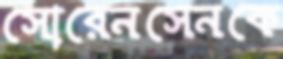
সোরেনসেনকে